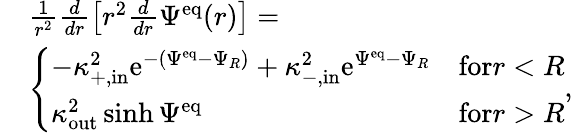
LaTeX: \begin{array}{rl}&{\frac{1}{r^{2}}\frac{d}{dr}\left[r^{2}\frac{d}{dr}\Psi^{\mathrm{eq}}(r)\right]=}\\ &{\left\{ \begin{array}{ll}{-\kappa_{+,\mathrm{in}}^{2}\mathrm{e}^{-(\Psi^{\mathrm{eq}}-\Psi_{R})}+\kappa_{-,\mathrm{in}}^{2}\mathrm{e}^{\Psi^{\mathrm{eq}}-\Psi_{R}}}&{\textrm{for}r<R}\\ {\kappa_{\mathrm{out}}^{2}\sinh\Psi^{\mathrm{eq}}}&{\textrm{for}r>R}\end{array}\right.,}\end{array}